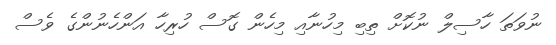
ނުވަތަ ހާސިލް ނުކޮށް ތިބި މިހުނާއި މިހެން ގޮސް ހުރިހާ އަންހެނުންގެ ވެސް